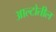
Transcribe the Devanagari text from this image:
आल्टोतील